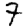
Digit: 7